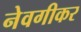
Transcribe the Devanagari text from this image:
नेवगीकर